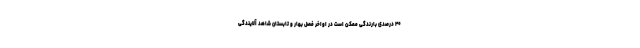
۴۰ درصدی بارندگی ممکن است در اواخر فصل بهار و تابستان شاهد آلایندگی